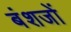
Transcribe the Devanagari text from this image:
बंशजों